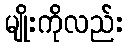
မျိုးကိုလည်း